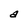
Character: a